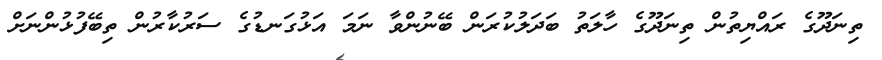
ތިނަދޫގެ ރައްޔިތުން ތިނަދޫގެ ހާލަތު ބަދަލުކުރަން ބޭނުންވާ ނަމަ އަޅުގަނޑުގެ ސަރުކާރުން ތިބޭފުޅުންނަށް